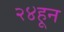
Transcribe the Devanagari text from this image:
२४हून